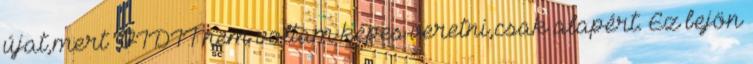
újat,mert VIDIT nem voltam képes veretni,csak alapért. Ez bejön